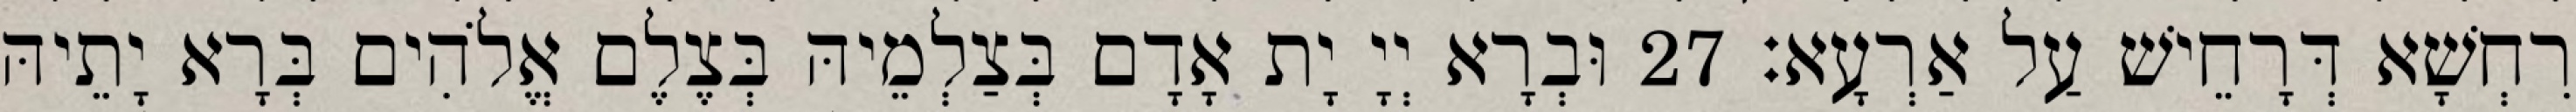
רִחְשָׁא דְּרָחֵישׁ עַל אַרְעָא׃ 27 וּבְרָא יְיָ יָת אָדָם בְּצַלְמֵיהּ בְּצֶלֶם אֱלֹהִים בְּרָא יָתֵיהּ